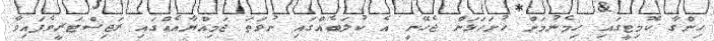
ހިންގާ ކޮމިޓީގައި ހިމެނުމަށް ހުށަހަޅަން ޖެހޭނީ އެ ކުލަބެއްގައި ނުވަތަ ޖަމިއްޔާއެއްގައި ރަޖިސްޓަރީވެފައިވާ